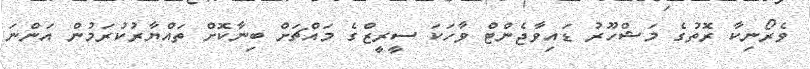
ވެރޯނިކާ ރޮތުގެ މަޝްހޫރު ޑައިވާޖެންޓް ވާހަކަ ސީރީޒްގެ މައްޗަށް ބިނާކޮށް ތައްޔާރުކުރަމުން އަންނަ